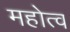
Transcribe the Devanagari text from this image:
महोत्व